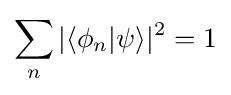
\sum _{n}|\langle \phi _{n}|\psi \rangle |^{2}=1